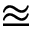
\approxeq